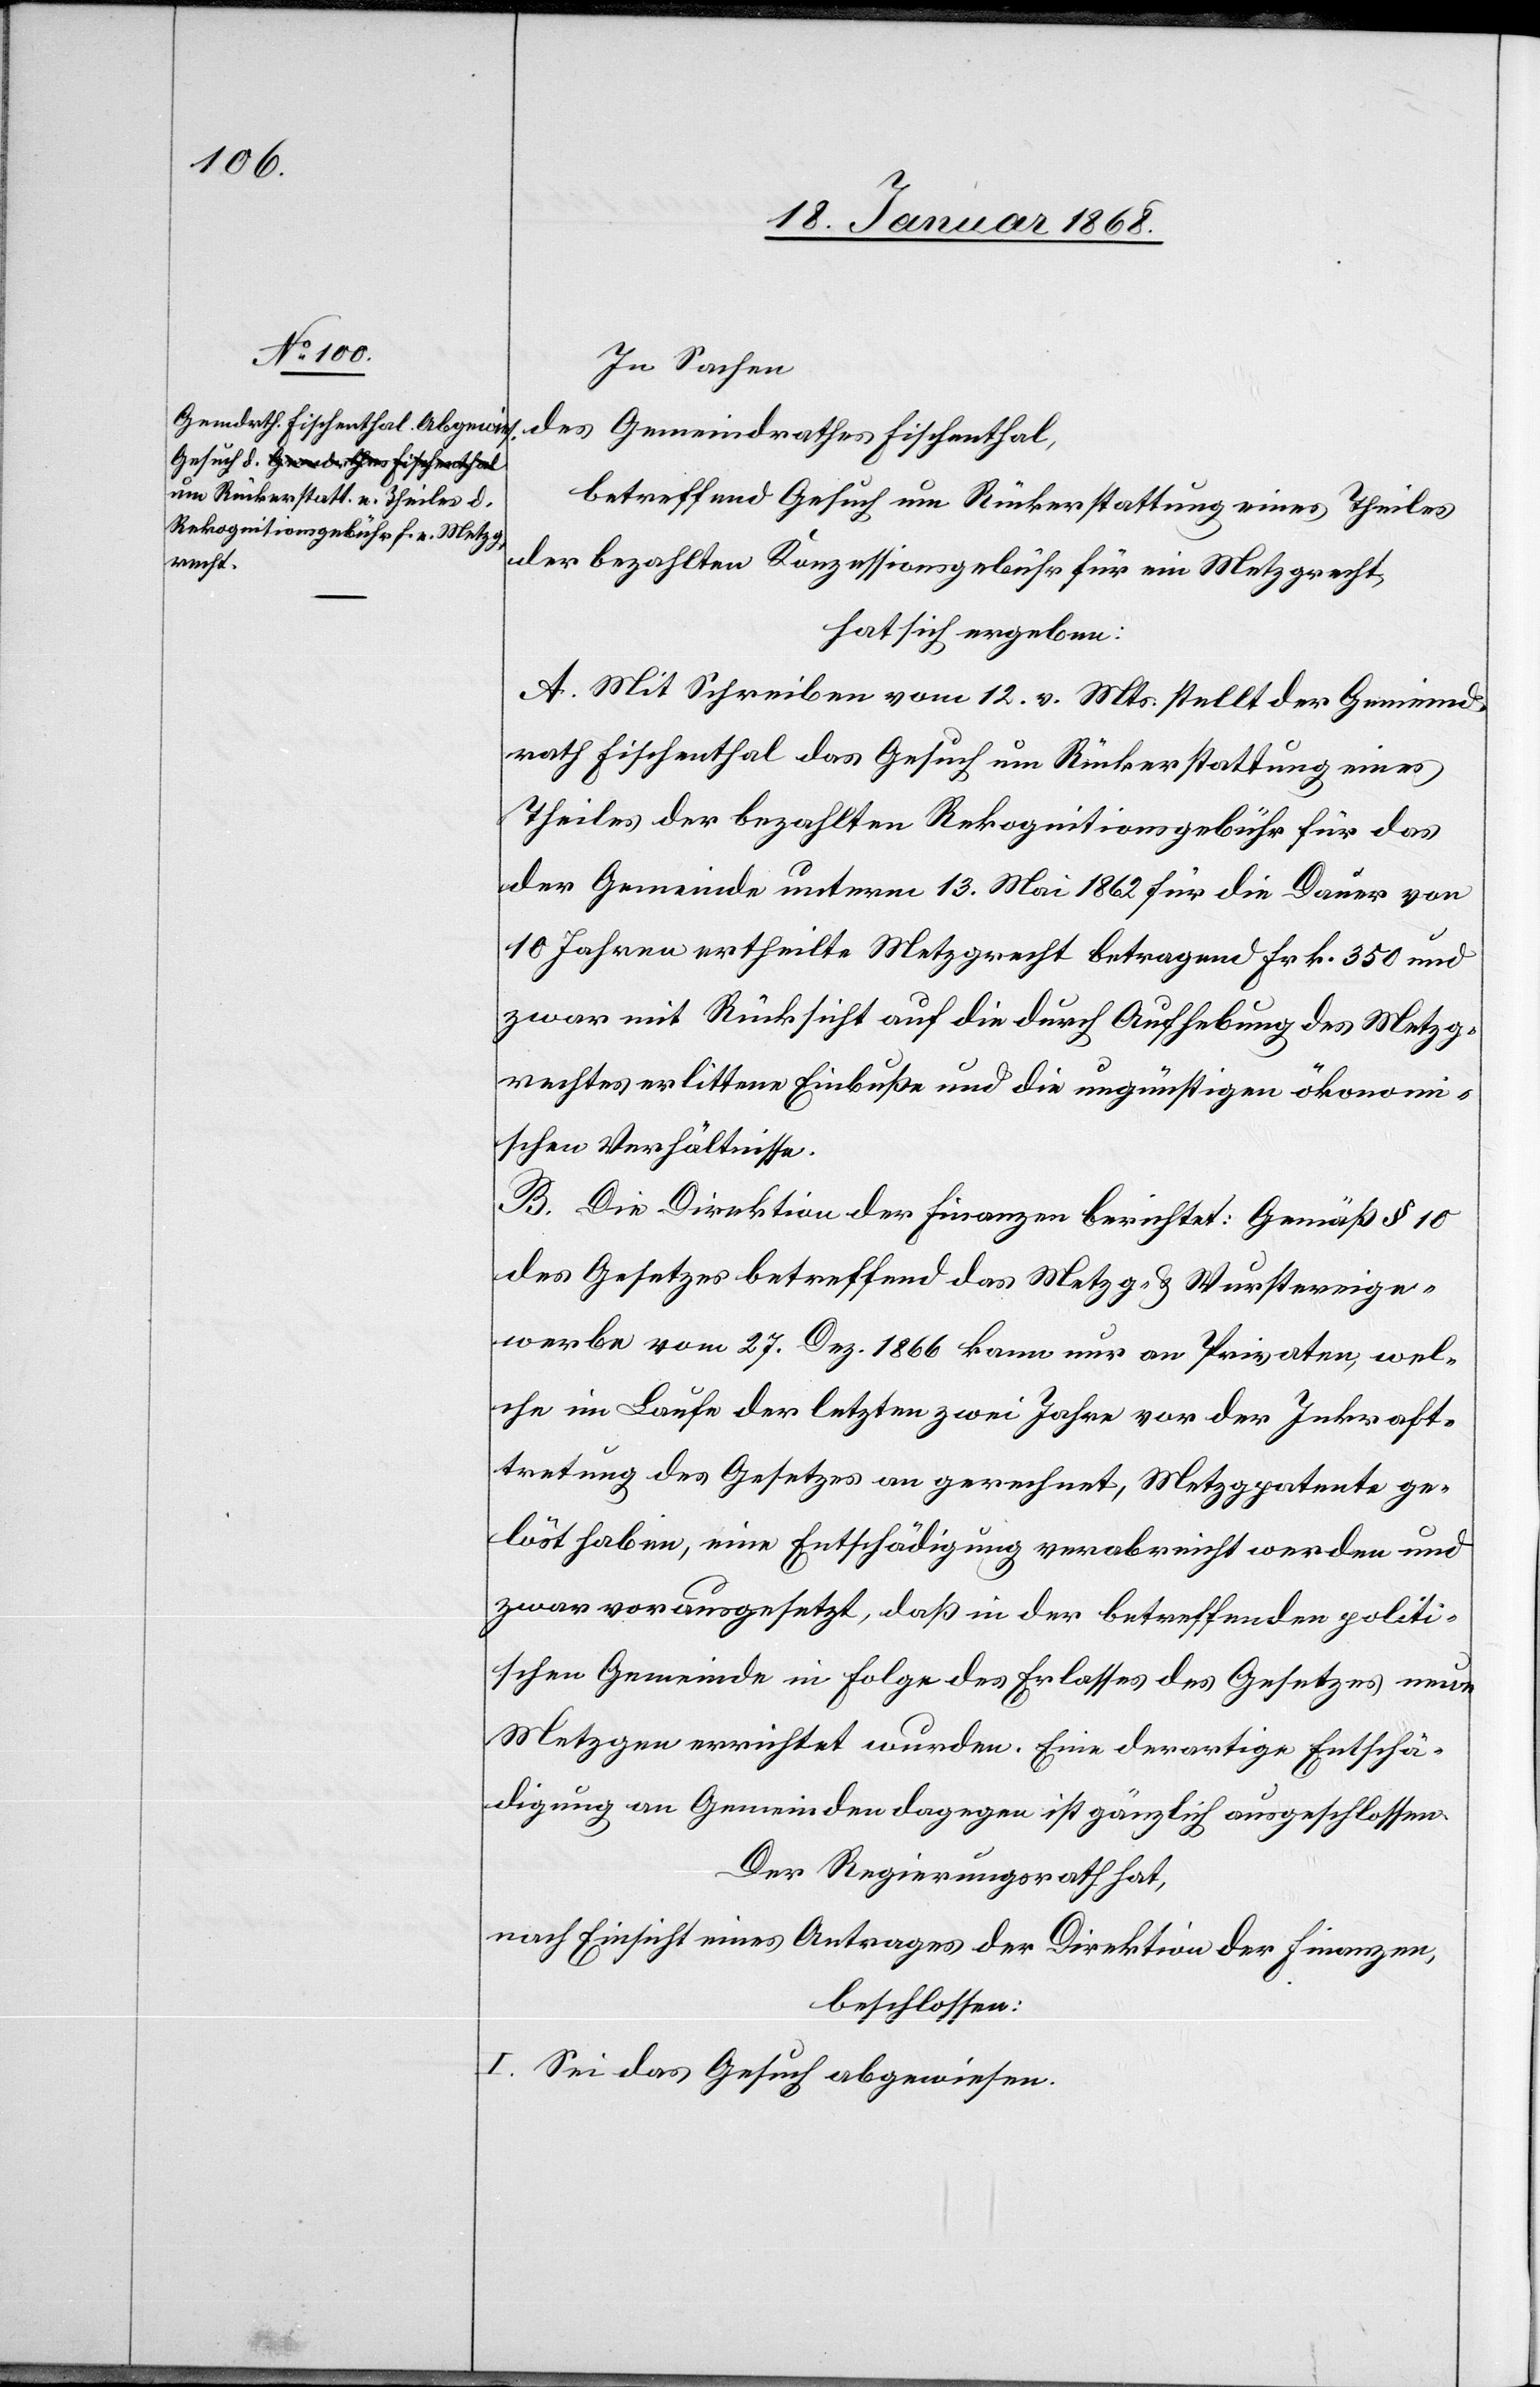
In Sachen
des Gemeindrathes Fischenthal,
betreffend Gesuch um Rückerstattung eines Theiles
der bezahlten Konzessionsgebühr für ein Metzgrecht,
hat sich ergeben:
A. Mit Schreiben vom 12. v. Mts. stellt der Gemeind¬
rath Fischenthal das Gesuch um Rückerstattung eines
Theiles der bezahlten Rekognitionsgebühr für das
der Gemeinde unterm 13. Mai 1862 für die Dauer von
10 Jahren ertheilte Metzgrecht betragend Frk. 350 und
zwar mit Rücksicht auf die durch Aufhebung des Metzg¬
rechtes erlittene Einbuße und die ungünstigen ökonom¬
ischen Verhältnisse.
B. Die Direktion der Finanzen berichtet: Gemäß § 10
des Gesetzes betreffend das Metzg- & Wurstereige¬
werbe vom 27. Dez. 1866 kann nur an Privaten, wel¬
che im Laufe der letzten zwei Jahre vor der Inkraft¬
tretung des Gesetzes an gerechnet, Metzgpatente ge¬
löst haben, eine Entschädigung verabreicht werden und
zwar vorausgesetzt, daß in der betreffenden politi¬
schen Gemeinde in Folge des Erlasses des Gesetzes neue
Metzgen errichtet wurden. Eine derartige Entschä¬
digung an Gemeinden dagegen ist gänzlich ausgeschlossen.
Der Regierungsrath hat,
nach Einsicht eines Antrages der Direktion der Finanzen,
beschlossen:
I. Sei das Gesuch abgewiesen.